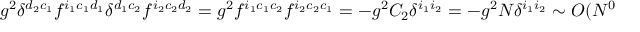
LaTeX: g ^ { 2 } \delta ^ { d _ { 2 } c _ { 1 } } f ^ { i _ { 1 } c _ { 1 } d _ { 1 } } \delta ^ { d _ { 1 } c _ { 2 } } f ^ { i _ { 2 } c _ { 2 } d _ { 2 } } = g ^ { 2 } f ^ { i _ { 1 } c _ { 1 } c _ { 2 } } f ^ { i _ { 2 } c _ { 2 } c _ { 1 } } = - g ^ { 2 } C _ { 2 } \delta ^ { i _ { 1 } i _ { 2 } } = - g ^ { 2 } N \delta ^ { i _ { 1 } i _ { 2 } } \sim O ( N ^ { 0 } ) .